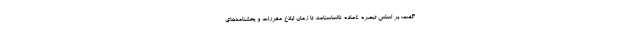
گفت: بر اساس تبصره ۴ماده ۵اساسنامه، تا زمان ابلاغ مقررات و بخشنامه‌های